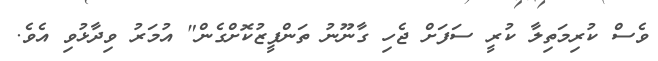
ވެސް ކުރިމަތިލާ ކުރީ ސަފަށް ޖެހި ގާނޫނު ތަންފީޒުކޮށްގެން" އުމަރު ވިދާޅުވި އެވެ.